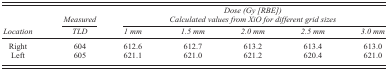
<table><thead><tr><td></td><td><b><i>Measured</i></b></td><td colspan="5"><b><i>Dose (Gy [RBE]) Calculated values from XiO for different grid sizes</i></b></td></tr><tr><td><b><i>Location</i></b></td><td><b><i>TLD</i></b></td><td><b><i>1 mm</i></b></td><td><b><i>1.5 mm</i></b></td><td><b><i>2.0 mm</i></b></td><td><b><i>2.5 mm</i></b></td><td><b><i>3.0 mm</i></b></td></tr></thead><tbody><tr><td>Right</td><td>604</td><td>612.6</td><td>612.7</td><td>613.2</td><td>613.4</td><td>613.0</td></tr><tr><td>Left</td><td>605</td><td>621.1</td><td>621.0</td><td>621.2</td><td>620.4</td><td>621.0</td></tr></tbody></table>